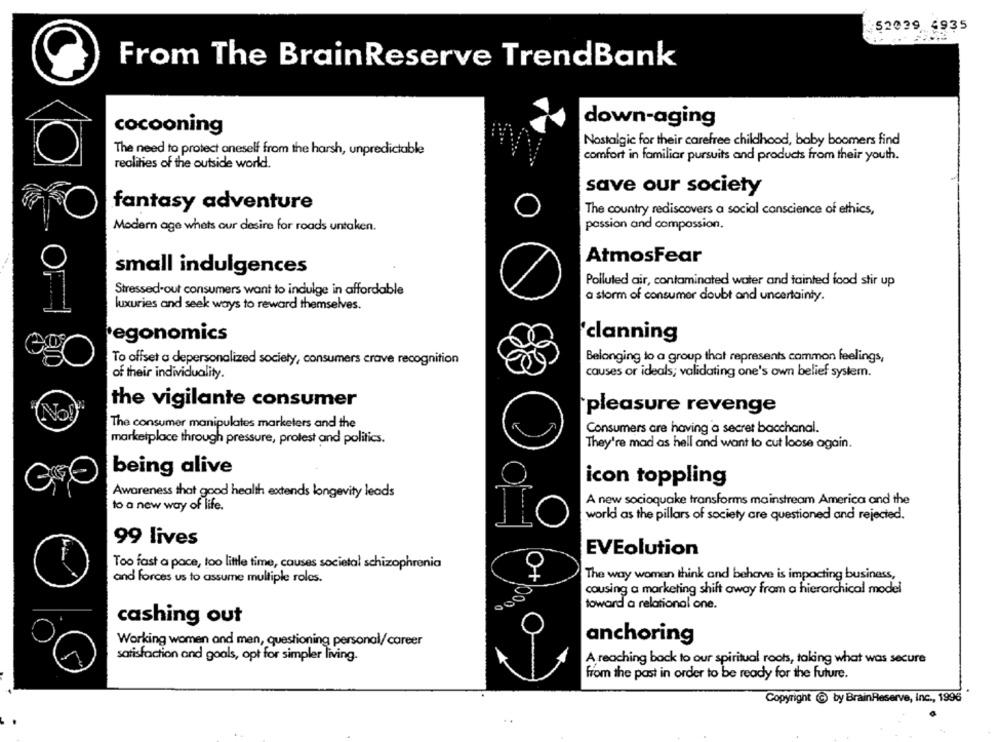
52039 6935
From The BrainReserve TrendBank
down-aging
cocooning
Nostalgic for their carefree childhood, baby boomers find
The need to protect oneself from the harsh, unpredictable
comfort in familiar pursuits and products from their youth.
realities of the outside world.
save our society
fantasy adventure
The country rediscovers a social conscience of ethics,
Modern age whets our desire for roads untaken.
passion and compassion.
AtmosFear
small indulgences
Polluted air, contaminated water and tainted food stir up
Stressed-out consumers want to indulge in affordable
a storm of consumer doubt and uncertainty.
luxuries and seek ways to reward themselves.
egonomics
clanning
To offset a depersonalized society, consumers crave recognition
Belonging to a group that represents common feelings,
of their individuality.
causes or ideals; validating one's own belief system.
the vigilante consumer
pleasure revenge
The consumer manipulates marketers and the
Consumers are having a secret bacchanal.
marketplace through pressure, protest and politics.
They're mad as hell and want to cut loose again.
being alive
icon toppling
Awareness that good health extends longevity leads
A new socioquake transforms mainstream America and the
to a new way of life.
world as the pillars of society are questioned and rejected.
TIO
99 lives
EVEolution
Too fast a pace, too little time, causes societal schizophrenia
and forces us to assume multiple roles.
The way women think and behave is impacting business,
cousing a marketing shift away from a hierarchical model
toward a relational one.
cashing out
Working women and men, questioning personal/career
anchoring
satisfaction and goals, opt for simpler living.
A reaching back to our spiritual roots, taking what was secure
from the past in order to be ready for the future.
Copyright G by BrainReserve, Inc ., 1996